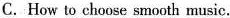
C. How to choose smooth music.